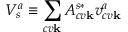
V _ { s } ^ { a } \equiv \sum _ { c v \mathbf { k } } A _ { c v \mathbf { k } } ^ { s * } v _ { c v \mathbf { k } } ^ { a }